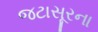
જટાસૂરના